Lock hospitals Punjab
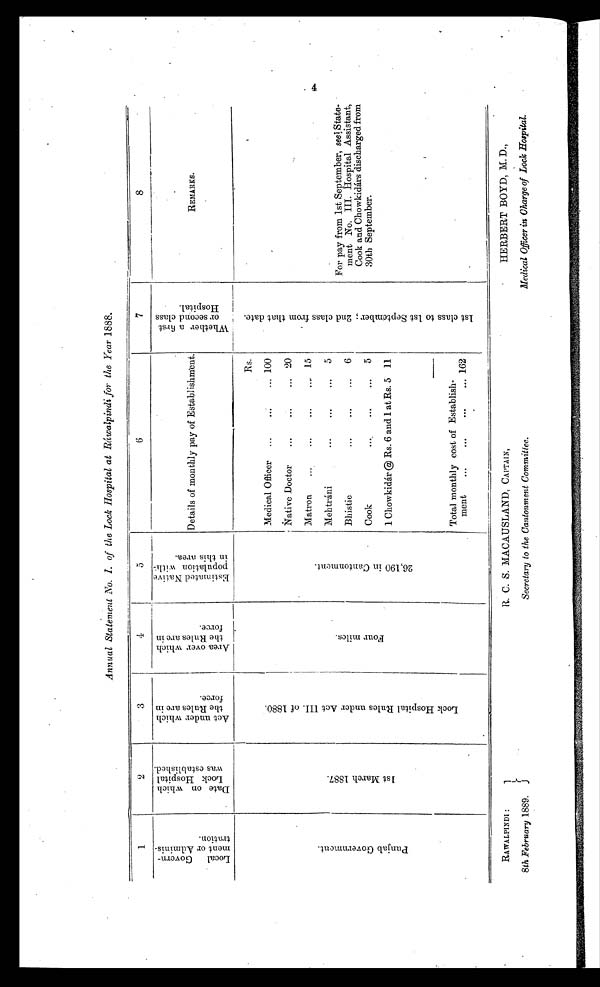
Annual Statement No. 1. of the Lock Hospital at Ráwalpindi for the Year 1888.
1
2
3
4
5
6
7
8
L o c a l G o v e r n -
m e n t o r A d m i n i s -
t r a t i o n .
D a t e o n w h i c h
L o c k H o s p i t a l
w a s e s t a b l i s h e d .
A c t u n d e r w h i c h
t h e R u l e s a r e i n
f o r c e .
A r e a o v e r w h i c h
t h e R u l e s a r e i n
f o r c e .
E s t i m a t e d N a t i v e
p o p u l a t i o n w i t h -
i n t h i s a r e a .
Details of monthly pay of Establishment.
W h e t h e r a f i r s t
o r s e c o n d c l a s s
H o s p i t a l .
REMARKS.
P u n j a b G o v e r n m e n t .
1 s t M a r c h 1 8 8 7 .
L o c k h o s p i t a l R u l e s u n d e r A c t I I I . o f 1 8 8 0 .
F o u r m i l e s .
2 6 , 1 9 0 i n C a n t o n m e n t .
Rs.
1 s t c l a s s t o 1 s t S e p t e m b e r ; 2 n d c l a s s f r o m t h a t d a t e .
For pay from 1st September, see S t a t e -
meat No. III. Hospital Assistant,
Cook and Chowkidárs discharged from
30th September.
Medical Officer
. . .
. . .
. . . 100
Native Doctor
. . .
. . .
. . . 20
Matron
. . .
. . .
. . . . . 15
Mehtráni
. . .
. . .
. . . 5
Bhistie
. . .
. . .
. . . 6
Cook
. . .
. . .
. . . 5
1 Chowkidár @ Rs. 6 and 1 at Rs. 5 11
Total monthly cost of Establish-
ment
162
RAWALPINDI :
R. C. S. MACAUSLAND, CAPTAIN,
HERBERT BOYD, M. D.,
8th February 1889. Secretary to the Cantonment Committee.
Medical Officer in Charge of Lock Hospital.